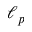
\ell _ { p }